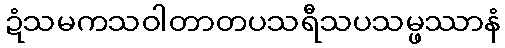
ဍံသမကသဝါတာတပသရီသပသမ္ဖဿာနံ